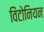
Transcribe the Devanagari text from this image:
विंटोनियन